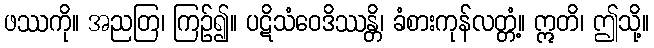
ဖဿကို။ အညတြ၊ ကြဉ်၍။ ပဋိသံဝေဒိဿန္တိ၊ ခံစားကုန်လတ္တံ့။ ဣတိ၊ ဤသို့။